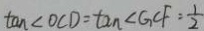
\tan \angle O C D = \tan \angle G C F = \frac { 1 } { 2 }